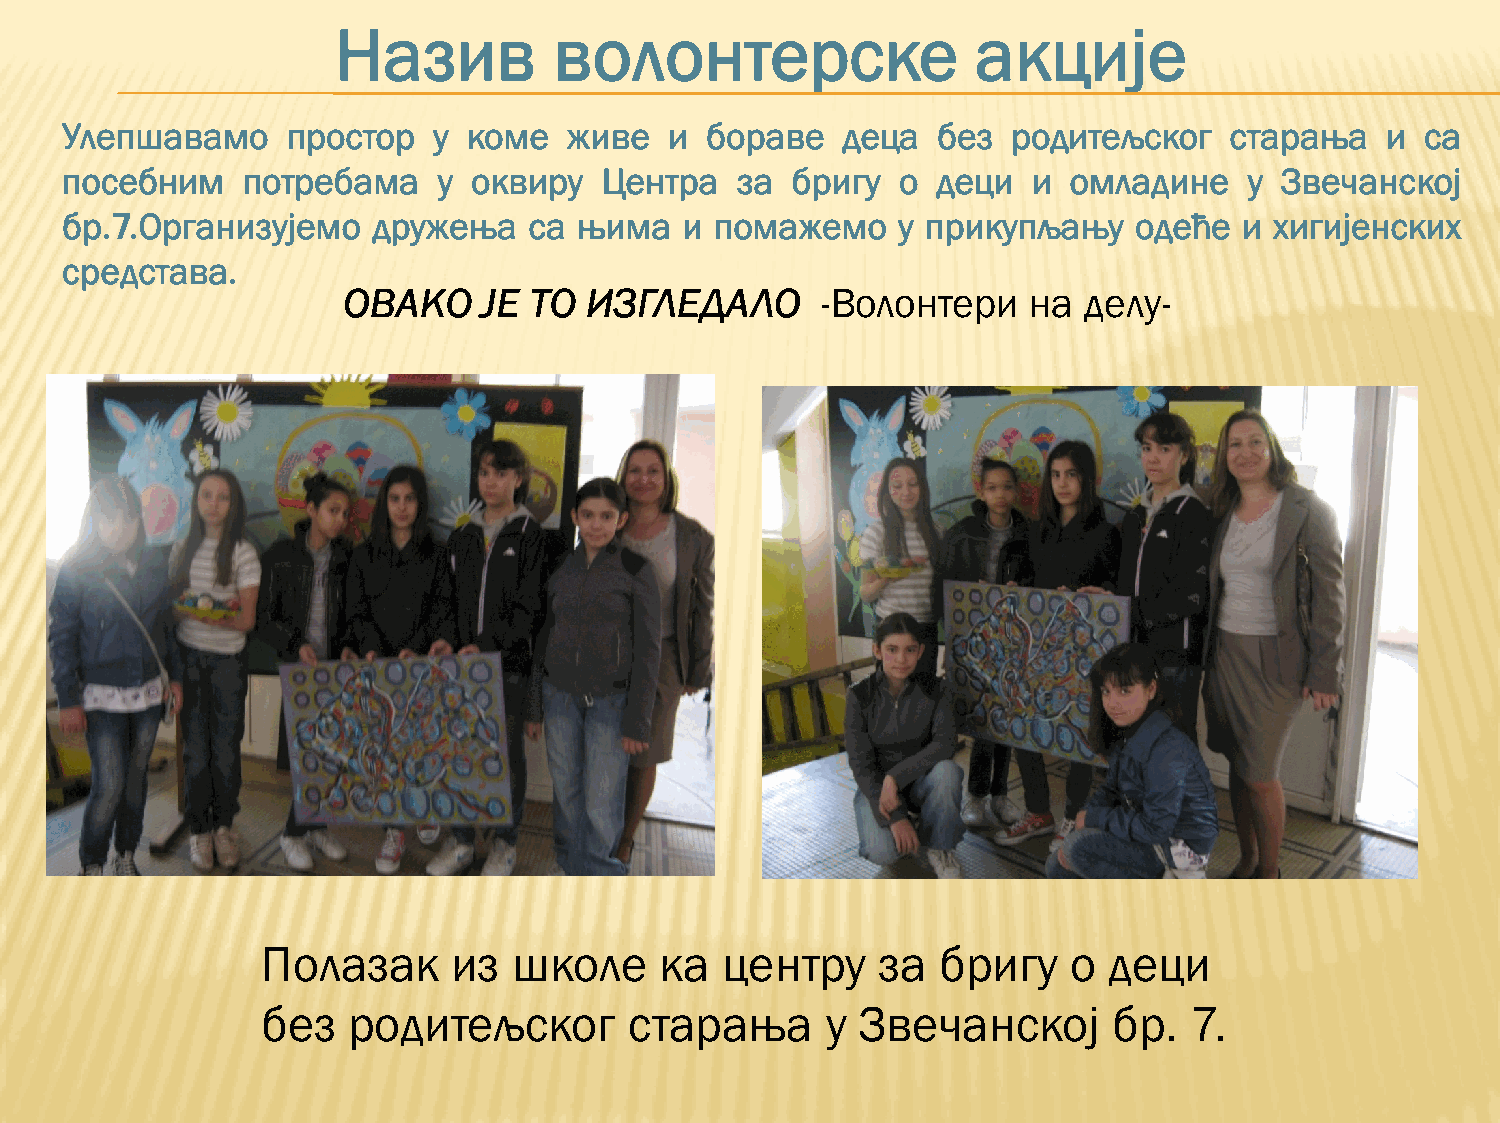
Назив          волонтерске                 акције
 Улепшавамо     простор   у коме   живе  и  бораве   деца  без  родитељског   старања    и са
 посебним    потребама    у оквиру   Центра   за бригу   о деци  и  омладине    у Звечанској
 бр.7.Организујемо    дружења   са њима   и помажемо    у прикупљању    одеће  и хигијенских
 средстава.
 ОВАКО    ЈЕ ТО  ИЗГЛЕДАЛО      -Волонтери    на  делу-
 Полазак      из  школе     ка  центру    за  бригу    о деци
 без   родитељског        старања      у Звечанској       бр.  7.